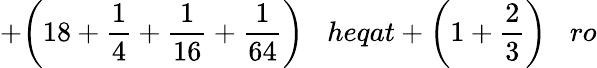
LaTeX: +{\bigg(}18+{\frac{1}{4}}+{\frac{1}{16}}+{\frac{1}{64}}{\bigg)}\; \; \; heqat+{\bigg(}1+{\frac{2}{3}}{\bigg)}\; \; \; ro